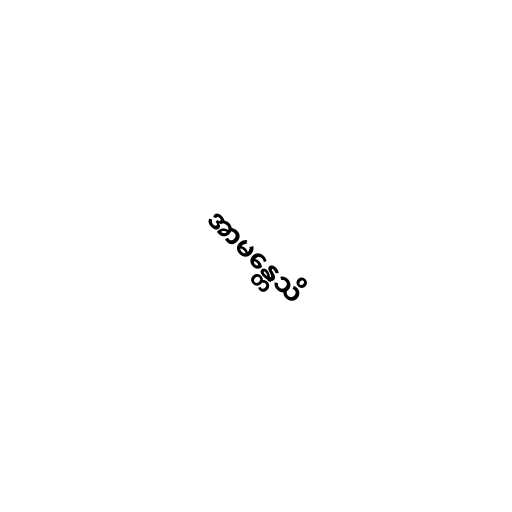
အာမန္တေသိ